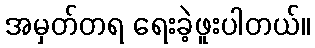
အမှတ်တရ ရေးခဲ့ဖူးပါတယ်။